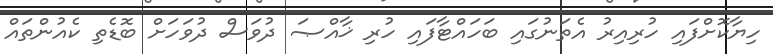
ހިޔާކޮށްފައި ހުރިއިރު އެތަނުގައި ބަހައްޓާފައި ހުރި ޚާއްޞަ ދުވަސް ދުވަހަށް ބޮޑެތި ކެއުންތައް